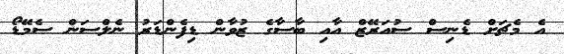
އެ މެޗަށް ޑެނިސް ސުއަރޭޒް އާއި ބާސާގެ ޒުވާން ޑިފެންޑަރު ނެލްސަން ސެމޭޑޯ